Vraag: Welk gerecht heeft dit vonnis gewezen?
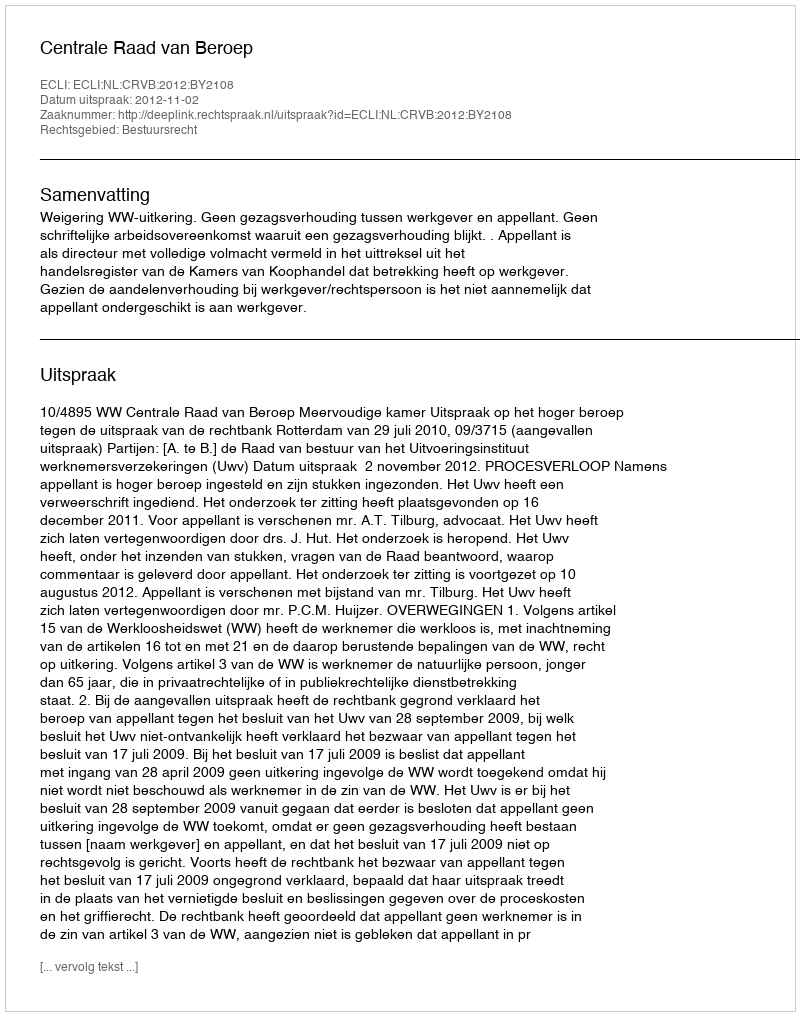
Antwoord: Centrale Raad van Beroep